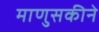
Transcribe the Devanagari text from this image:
माणुसकीने